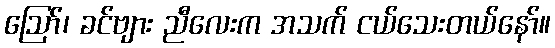
ဪ၊ ခင်ဗျား ညီလေးက အသက် ငယ်သေးတယ်နော်။